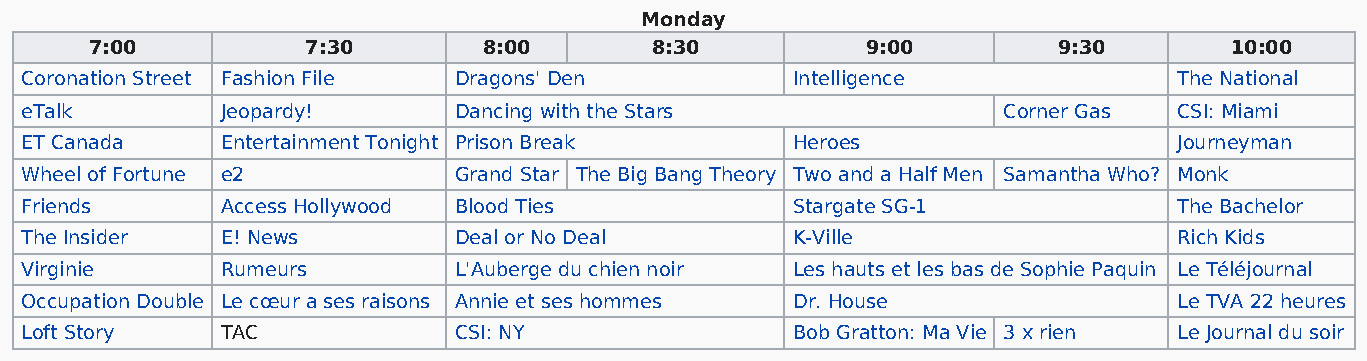
Monday
 7:00          7:30        8:00       8:30          9:00         9:30       10:00
 Coronation Street Fashion File Dragons' Den        Intelligence              The National
 eTalk         Jeopardy!      Dancing with the Stars              Corner Gas  CSI: Miami
 ET Canada     Entertainment Tonight Prison Break   Heroes                    Journeyman
 Wheel of Fortune e2          Grand Star The Big Bang Theory Two and a Half Men Samantha Who? Monk
 Friends       Access Hollywood Blood Ties          Stargate SG-1             The Bachelor
 The Insider   E! News        Deal or No Deal       K-Ville                   Rich Kids
 Virginie      Rumeurs        L'Auberge du chien noir Les hauts et les bas de Sophie Paquin Le Téléjournal
 Occupation Double Le cœur a ses raisons Annie et ses hommes Dr. House        Le TVA 22 heures
 Loft Story    TAC            CSI: NY               Bob Gratton: Ma Vie 3 x rien Le Journal du soir